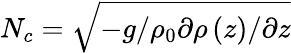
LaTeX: N_{c}=\sqrt{-g/\rho_{0}\partial\rho\left(z\right)/\partial z}